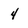
Character: 4